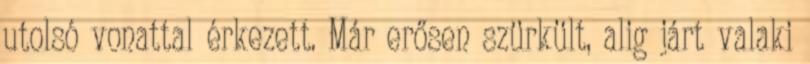
utolsó vonattal érkezett. Már erősen szürkült, alig járt valaki